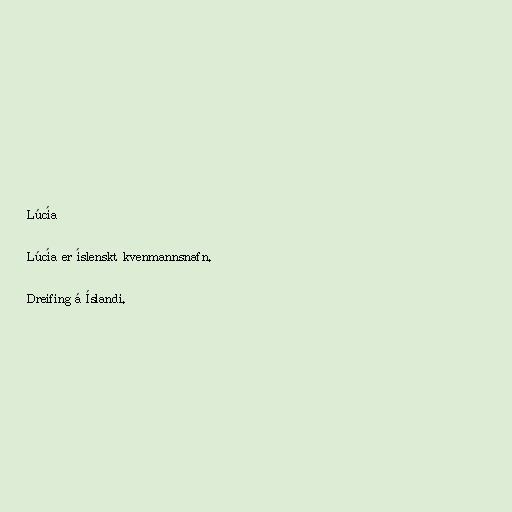
Lúcía

Lúcía er íslenskt kvenmannsnafn.

Dreifing á Íslandi.